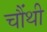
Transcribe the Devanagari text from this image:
चौंथी